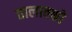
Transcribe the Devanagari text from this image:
तालावको